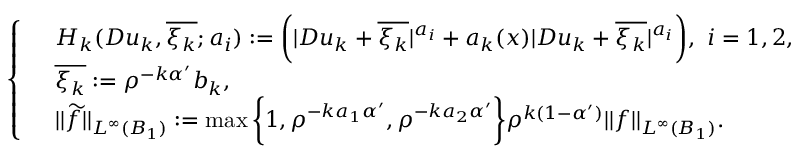
\left\{ \begin{array} { r l } & { H _ { k } ( D u _ { k } , \overline { { \xi _ { k } } } ; a _ { i } ) : = \bigg ( | D u _ { k } + \overline { { \xi _ { k } } } | ^ { a _ { i } } + a _ { k } ( x ) | D u _ { k } + \overline { { \xi _ { k } } } | ^ { a _ { i } } \bigg ) , \ i = 1 , 2 , } \\ & { \overline { { \xi _ { k } } } : = \rho ^ { - k \alpha ^ { \prime } } b _ { k } , } \\ & { | | \widetilde { f } | | _ { L ^ { \infty } ( B _ { 1 } ) } : = \operatorname* { m a x } \bigg \{ 1 , \rho ^ { - k a _ { 1 } \alpha ^ { \prime } } , \rho ^ { - k a _ { 2 } \alpha ^ { \prime } } \bigg \} \rho ^ { k ( 1 - \alpha ^ { \prime } ) } | | f | | _ { L ^ { \infty } ( B _ { 1 } ) } . } \end{array} \right.